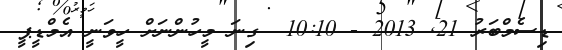
ޑިސެމްބަރު 21